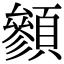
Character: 䫩